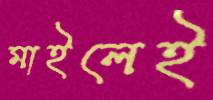
মাইলেই